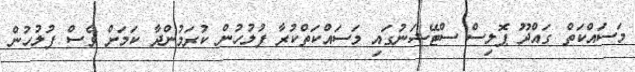
މަސައްކަތް ގައްދޫ ޕޮލިސް ސްޓޭޝަނުގައި މަސައްކަތްކުރާ ފުލުހުން ކުރަމުންދާ ކަަމަށް ވެސް ފުލުހުން